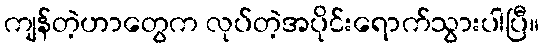
ကျန်တဲ့ဟာတွေက လုပ်တဲ့အပိုင်းရောက်သွားပါပြီ။